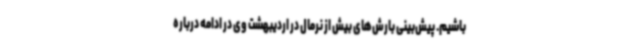
باشیم. پیش‌بینی بارش‌های بیش از نرمال در اردیبهشت وی در ادامه درباره